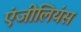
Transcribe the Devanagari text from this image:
एंजीलियंस